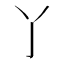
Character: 𬼸